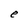
Character: e